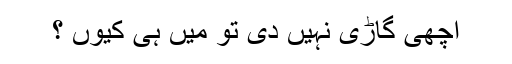
اچھی گاڑی نہیں دی تو میں ہی کیوں ؟